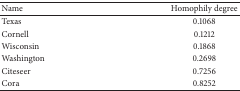
| Name | Homophily degree |
 | --- | --- |
 | Texas | 0.1068 |
 | Cornell | 0.1212 |
 | Wisconsin | 0.1868 |
 | Washington | 0.2698 |
 | Citeseer | 0.7256 |
 | Cora | 0.8252 |